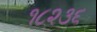
૧૮૨૩૬